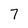
Character: 7